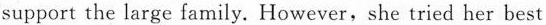
support the large family. However,she tried her best